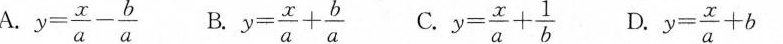
A. $$y= \frac{x}{a}- \frac{b}{a}$$ B. $$y= \frac{x}{a}+ \frac{b}{a}$$ C. $$y= \frac{x}{a}+ \frac{1}{b}$$ D. $$y= \frac{x}{a}+b$$